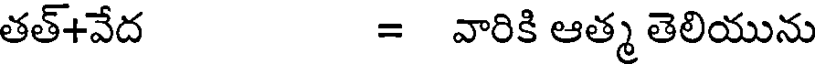
తత్+వేద = వారికి ఆత్మ తెలియును